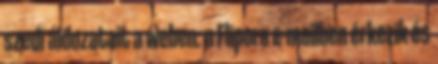
szedi áldozatait a weben: a Flipora e-mailben érkezik és